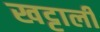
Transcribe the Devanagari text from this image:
खट्टाली